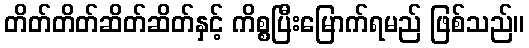
တိတ်တိတ်ဆိတ်ဆိတ်နှင့် ကိစ္စပြီးမြောက်ရမည် ဖြစ်သည်။